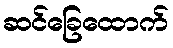
ဆင်ခြေထောက်